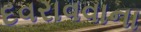
દવરાવવાના